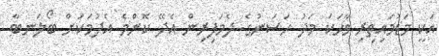
އަކީ މަޑުމައިތިރި ވާހަކަ މަދު ހަސަނުގެ ދެމަފިރިން އެދޭ ކޮންމެ އެދުމަކަށް ބޯލަނބާ